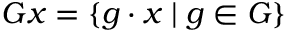
G x = \left\{ g \cdot x \mid g \in G \right\}